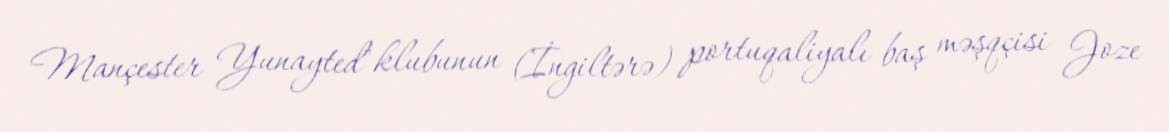
Mançester Yunayted" klubunun (İngiltərə) portuqaliyalı baş məşqçisi Joze